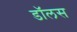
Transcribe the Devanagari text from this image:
डॉलस